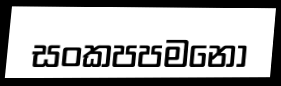
සංකපපමනො